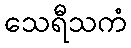
သေရီသကံ